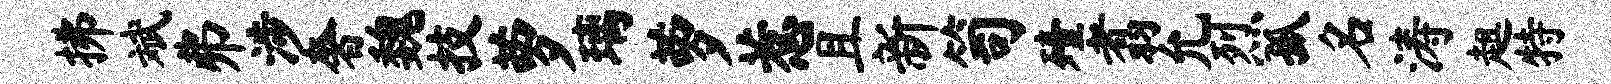
拂斌弗涉奢魏技萝璃萝惹且新笥殪翥允烈孤名涛趄特